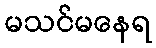
မသင်မနေရ